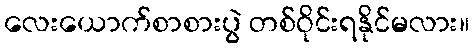
လေးယောက်စာစားပွဲ တစ်ဝိုင်းရနိုင်မလား။